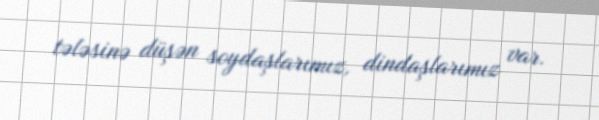
tələsinə düşən soydaşlarımız, dindaşlarımız var.